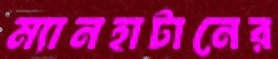
ম্যানহাটানের